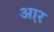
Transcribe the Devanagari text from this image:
आ़र